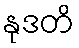
နုဒတိ